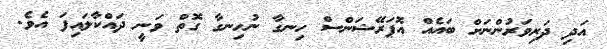
އަދި ދަރިވަރުންނަށް ބައެއް އޮޕަރޭޝަންސް ހިނގާ ނުހިނގާ ގޮތް ވަނީ ދައްކާލައިފަ އެވެ.